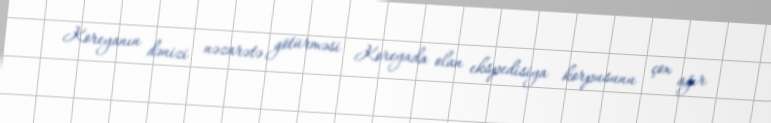
Koreyanın dənizi nəzarətə götürməsi Koreyada olan ekspedisiya korpusunu çox ağır